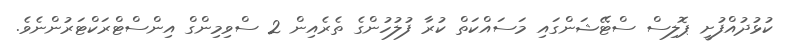
ކުޅުދުއްފުށީ ޕޮލިސް ސްޓޭޝަންގައި މަސައްކަތް ކުރާ ފުލުހުންގެ ތެރެއިން 2 ސްވިމިންގް އިންސްޓްރަކްޓަރުންނެވެ.